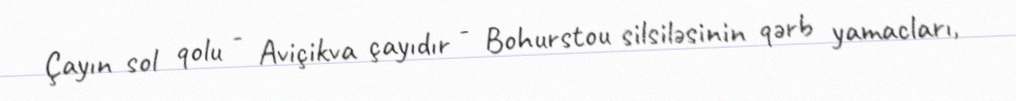
Çayın sol qolu - Aviçikva çayıdır - Bohurstou silsiləsinin qərb yamacları,